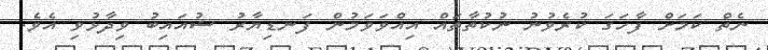
ނެތް ކަމަށް ފާހަގަ ކުރެވުނު ނުކުތާތައް އިއްވަވަމުން ފަނޑިޔާރު ޝުއައިބު ވިދާޅުވި އެވެ.